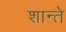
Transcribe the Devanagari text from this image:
शान्ते